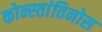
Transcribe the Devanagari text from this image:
कोन्स्तांतिनोस